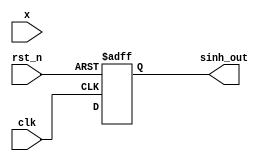
module sinh_block (
    input wire [15:0] x,        // Fixed-point input (1 sign bit, 14 fraction bits)
    output reg [15:0] sinh_out,  // Fixed-point output (1 sign bit, 14 fraction bits)
    input wire clk,
    input wire rst_n
);
    reg [31:0] exp_x, exp_neg_x; // Intermediate results for e^x and e^(-x)
    reg [31:0] temp_result;
    reg done;

    // Exponential function (Using Taylor Series Approximation)
    function [31:0] exp;
        input [15:0] x;
        reg [31:0] result;
        reg [31:0] term;
        reg [31:0] fact;
        reg [4:0] i;
        begin
            result = 32'h1_0000_0000;  // e^0 = 1 (fixed-point)
            term = x;                  // First term is x
            fact = 32'h1_0000_0000;    // Factorial (0! = 1)

            for (i = 1; i < 10; i = i + 1) begin
                result = result + (term / fact); // Add term to result
                term = (term * x) >> 14;          // x^i, shifting for fixed point
                fact = (fact * i) >> 14;          // i!
            end
            
            exp = result;                        // Return e^x
        end
    endfunction

    // Main Computation for sinh
    always @(posedge clk or negedge rst_n) begin
        if (!rst_n) begin
            sinh_out <= 16'b0;
            done <= 1'b0;
        end else begin
            exp_x = exp(x);                      // Calculate e^x
            exp_neg_x = exp(-x);                 // Calculate e^(-x)
            temp_result = exp_x - exp_neg_x;     // Calculate e^x - e^(-x)
            sinh_out = temp_result >> 1;         // Divide by 2
            
            done <= 1'b1;
        end
    end
endmodule